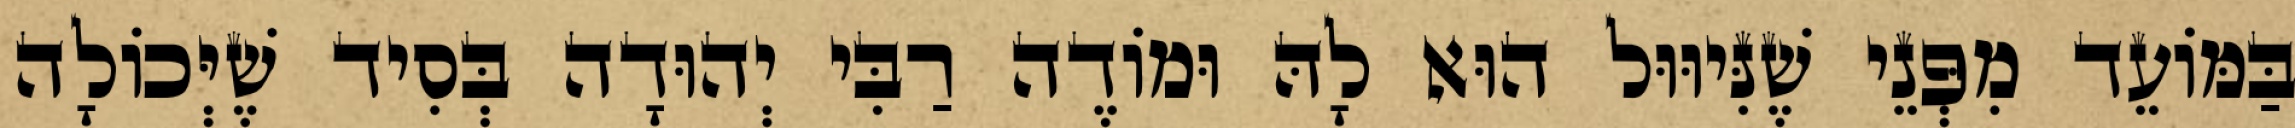
בַּמּוֹעֵד מִפְּנֵי שֶׁנִּיוּוּל הוּא לָהּ וּמוֹדֶה רַבִּי יְהוּדָה בְּסִיד שֶׁיְּכוֹלָה